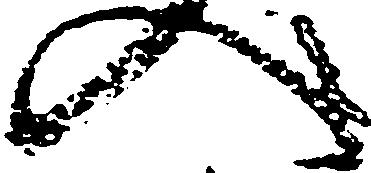
入